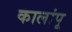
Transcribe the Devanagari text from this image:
कालांपू